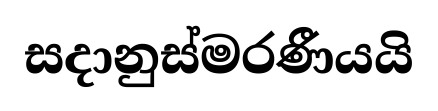
සදානුස්මරණීයයි